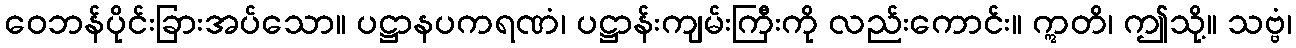
ဝေဘန်ပိုင်းခြားအပ်သော။ ပဋ္ဌာနပကရဏံ၊ ပဋ္ဌာန်းကျမ်းကြီးကို လည်းကောင်း။ ဣတိ၊ ဤသို့။ သဗ္ဗံ၊